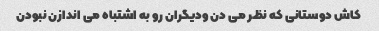
کاش دوستانی که نظر می دن ودیگران رو به اشتباه می اندازن نبودن